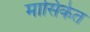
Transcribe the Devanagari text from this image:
मासिकेत